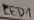
Text: LED1